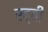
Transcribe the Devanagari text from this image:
रह्वी